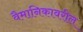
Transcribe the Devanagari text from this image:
वैमानिकावरील